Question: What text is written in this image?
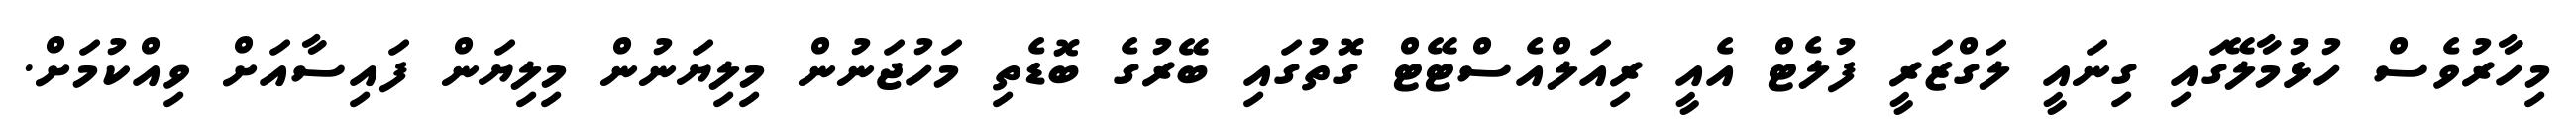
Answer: މިހާރުވެސް ހުޅުމާލޭގައި ގިނައީ ލަގްޒަރީ ފުލެޓް އެއީ ރިއަލްއެސްޓޭޓް ގޮތުގައި ބޭރުގެ ބޮޑެތި މަހުޖަނުން މިލިޔަނުން މިލިޔަން ފައިސާއަށް ވިއްކުމަށް.